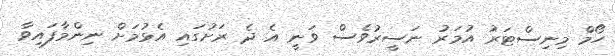
ހޯމް މިނިސްޓަރު އުމަރު ނަސީރުވެސް ވަނީ އެ ދެ ރަށުގައި އެޅުމަށް ނިންމާފައިވާ